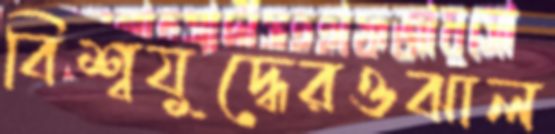
বিশ্বযুদ্ধেরওঝাল